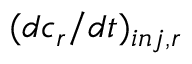
( d c _ { r } / d t ) _ { i n j , r }